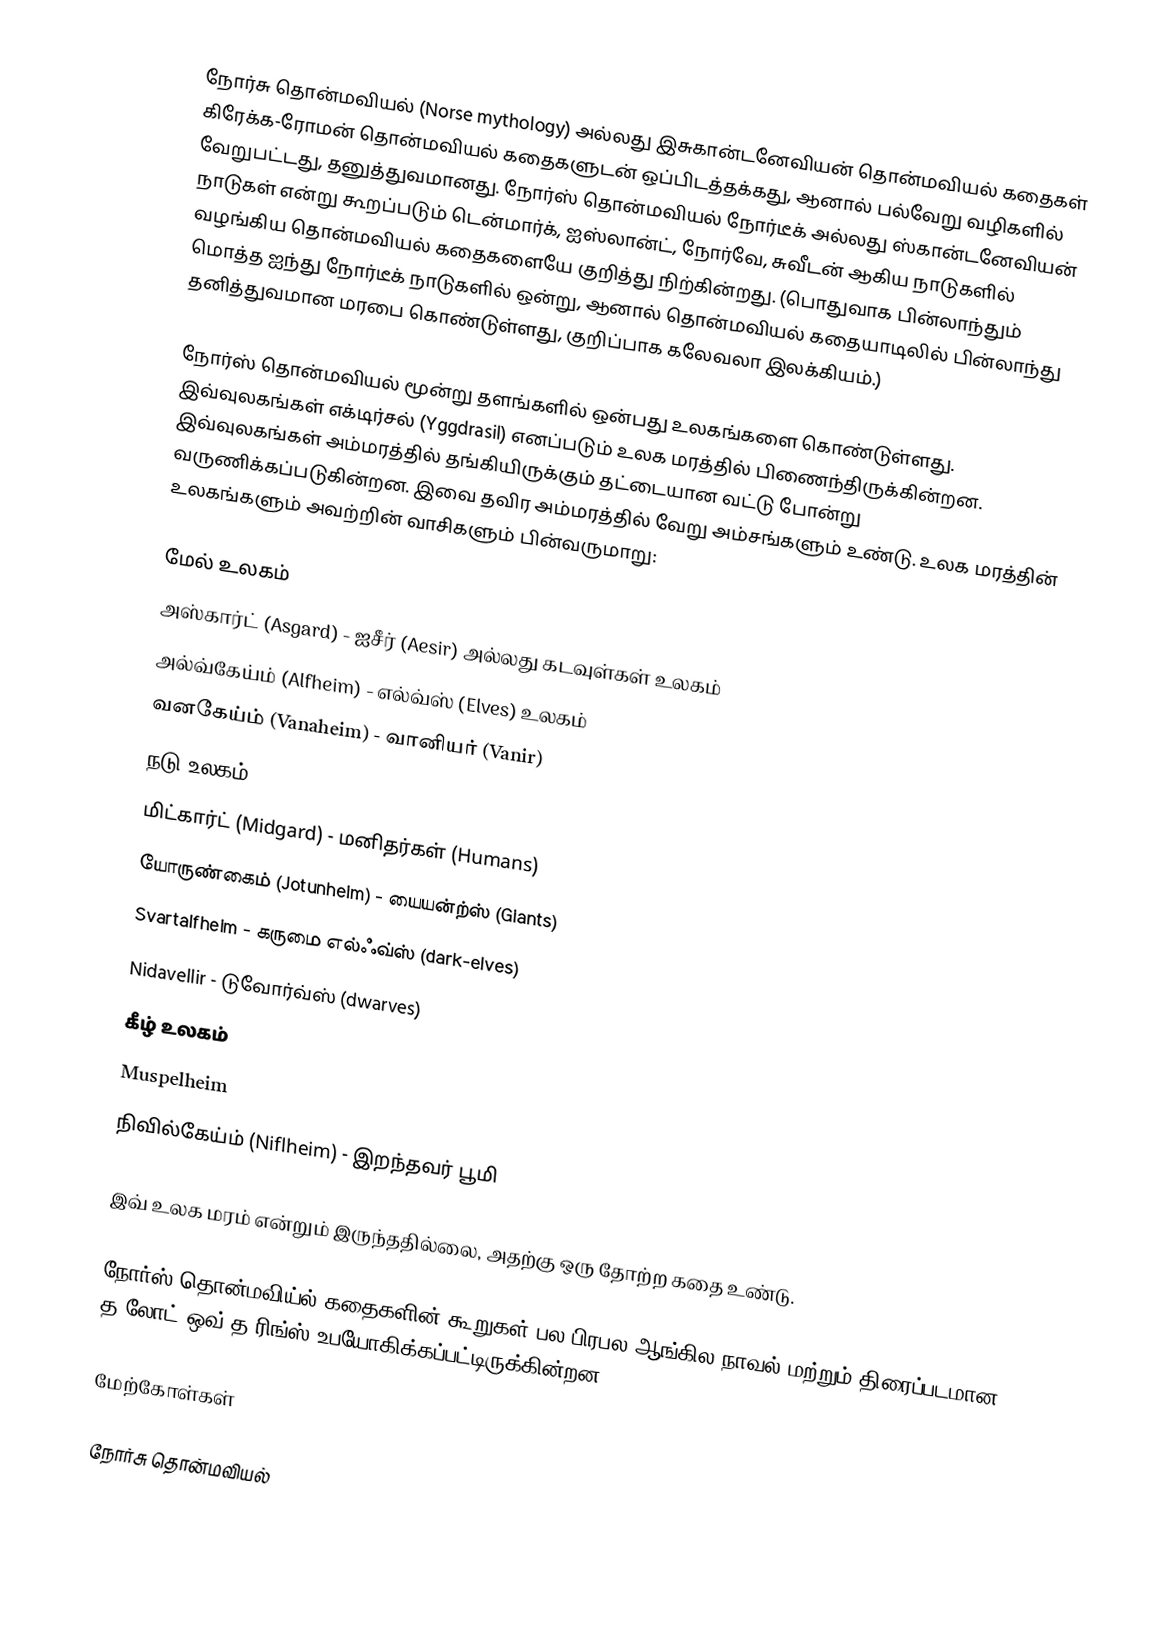
நோர்சு தொன்மவியல் (Norse mythology) அல்லது இசுகான்டனேவியன் தொன்மவியல் கதைகள் கிரேக்க-ரோமன் தொன்மவியல் கதைகளுடன் ஒப்பிடத்தக்கது, ஆனால் பல்வேறு வழிகளில் வேறுபட்டது, தனுத்துவமானது. நோர்ஸ் தொன்மவியல் நோர்டீக் அல்லது ஸ்கான்டனேவியன் நாடுகள் என்று கூறப்படும் டென்மார்க், ஐஸ்லான்ட், நோர்வே, சுவீடன் ஆகிய நாடுகளில் வழங்கிய தொன்மவியல் கதைகளையே குறித்து நிற்கின்றது. (பொதுவாக பின்லாந்தும் மொத்த ஐந்து நோர்டீக் நாடுகளில் ஒன்று, ஆனால் தொன்மவியல் கதையாடிலில் பின்லாந்து தனித்துவமான மரபை கொண்டுள்ளது, குறிப்பாக கலேவலா இலக்கியம்.)

நோர்ஸ் தொன்மவியல் மூன்று தளங்களில் ஒன்பது உலகங்களை கொண்டுள்ளது. இவ்வுலகங்கள் எக்டிர்சல் (Yggdrasil) எனப்படும் உலக மரத்தில் பிணைந்திருக்கின்றன. இவ்வுலகங்கள் அம்மரத்தில் தங்கியிருக்கும் தட்டையான வட்டு போன்று வருணிக்கப்படுகின்றன. இவை தவிர அம்மரத்தில் வேறு அம்சங்களும் உண்டு. உலக மரத்தின் உலகங்களும் அவற்றின் வாசிகளும் பின்வருமாறு:

மேல் உலகம்
 அஸ்கார்ட் (Asgard) - ஐசீர் (Aesir) அல்லது கடவுள்கள் உலகம்
 அல்வ்கேய்ம் (Alfheim) - எல்வ்ஸ் (Elves) உலகம்
 வனகேய்ம் (Vanaheim) - வானியர் (Vanir)
நடு உலகம்
 மிட்கார்ட் (Midgard) - மனிதர்கள் (Humans)
 யோருண்கைம் (Jotunheim) - யையன்ற்ஸ் (Giants)
 Svartalfheim - கருமை எல்ஃவ்ஸ் (dark-elves)
 Nidavellir - டுவோர்வ்ஸ் (dwarves)
கீழ் உலகம்
 Muspelheim
 நிவில்கேய்ம் (Niflheim) - இறந்தவர் பூமி

இவ் உலக மரம் என்றும் இருந்ததில்லை, அதற்கு ஒரு தோற்ற கதை உண்டு.

நோர்ஸ் தொன்மவிய்ல் கதைகளின் கூறுகள் பல பிரபல ஆங்கில நாவல் மற்றும் திரைப்படமான த லோட் ஒவ் த ரிங்ஸ் உபயோகிக்கப்பட்டிருக்கின்றன.

மேற்கோள்கள்

நோர்சு தொன்மவியல்